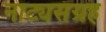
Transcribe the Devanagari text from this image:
नाट्यसंग्रह